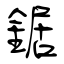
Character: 鋸